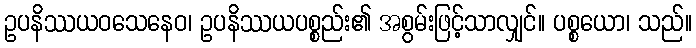
ဥပနိဿယဝသေနေဝ၊ ဥပနိဿယပစ္စည်း၏ အစွမ်းဖြင့်သာလျှင်။ ပစ္စယော၊ သည်။